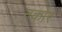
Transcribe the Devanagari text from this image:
नकोर